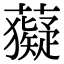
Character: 𧃩